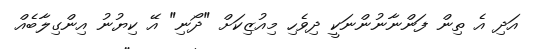
އަދި އެ ތިން ފަންނާނުންނަކީ ދިވެހި މިއުޒިކަށް "ދޯނި" އޭ ކިޔުނު އިންގިލާބެއް